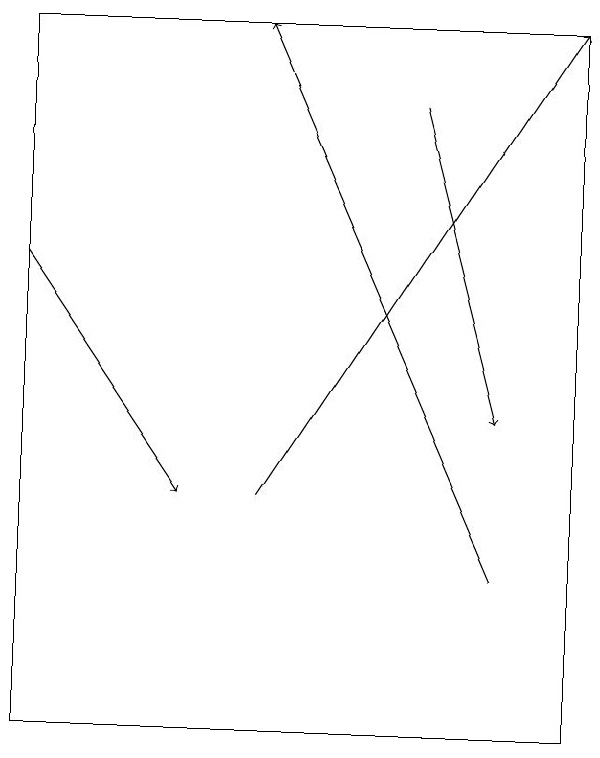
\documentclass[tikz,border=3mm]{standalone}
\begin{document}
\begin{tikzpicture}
\draw[->] (6,12) -- (3,19);
\draw[->] (5,18) -- (6,14);
\draw (0,19) rectangle (7,10);
\draw[->] (0,16) -- (2,13);
\draw[->] (3,13) -- (7,19);
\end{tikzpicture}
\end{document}